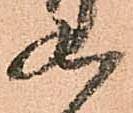
九